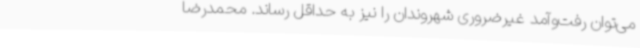
می‌توان رفت‌وآمد غیرضروری شهروندان را نیز به حداقل رساند. محمدرضا